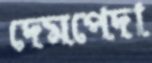
দেমপেদা